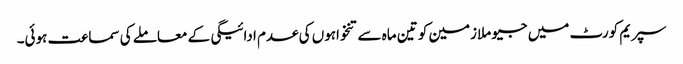
سپریم کورٹ میں جیو ملازمین کو تین ماہ سے تنخواہوں کی عدم ادائیگی کے معاملے کی سماعت ہوئی۔